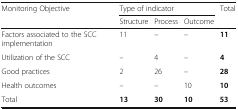
<table><thead><tr><td rowspan="2"><b>Monitoring Objective</b></td><td colspan="3"><b>Type of indicator</b></td><td rowspan="2"><b>Total</b></td></tr><tr><td><b>Structure</b></td><td><b>Process</b></td><td><b>Outcome</b></td></tr></thead><tbody><tr><td>Factors associated to the SCC implementation</td><td>11</td><td>–</td><td>–</td><td><b>11</b></td></tr><tr><td>Utilization of the SCC</td><td>–</td><td>4</td><td>–</td><td><b>4</b></td></tr><tr><td>Good practices</td><td>2</td><td>26</td><td>–</td><td><b>28</b></td></tr><tr><td>Health outcomes</td><td>–</td><td>–</td><td>10</td><td><b>10</b></td></tr><tr><td>Total</td><td><b>13</b></td><td><b>30</b></td><td><b>10</b></td><td><b>53</b></td></tr></tbody></table>